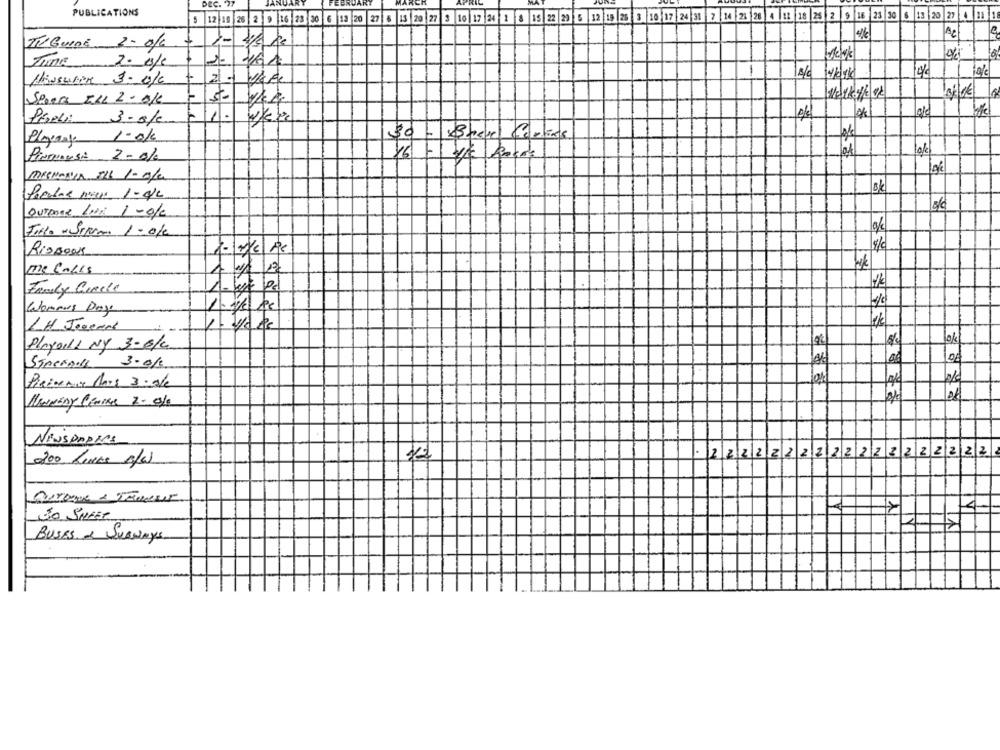
JANU
DEC. "77
FEBRUART
PUBLICATIONS
5 12 19 25 2 9 16 23 30 6 13 20 27 6 15 20 27 3 10 17 24 1 8 13 22 29 5 12 19 26 3 10/17 24 31 7 14 23 28 4 1: 18 25 2 9 16 23 30 6 13 25 27 6 11 1
AC
TilGuine 2- 0/6
11
Time_
2. 0/c
-
Hissusen 3-0/c
welkethe 92
Spoer ILL 2-OK
Popli: 3-s/c
1.
Playing 1-o/c
PinningSA 2-0/
8/c
Outonne Lui 1-o/e
Filo - Sirva 1 - 0/
RioBoas
me Calls
1- 6/20
Family Cuarta
Wommes Day
Playaill NY 3-6/4
0k
STACKAL 3.0/
2/5
PiRimma Anos 3 : ole
NEWSPAPERS
11
.222222222222
32222222
200 Lunes A/a)
50 SHEET
Buses & Surveys